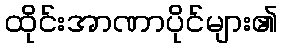
ထိုင်းအာဏာပိုင်များ၏